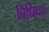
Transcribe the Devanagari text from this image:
बिधिवत